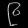
Digit: ၉